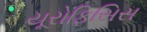
યૂરોફિસિસ